Maemoisa_(Sinalepa)_vallavalitsus, lk 45
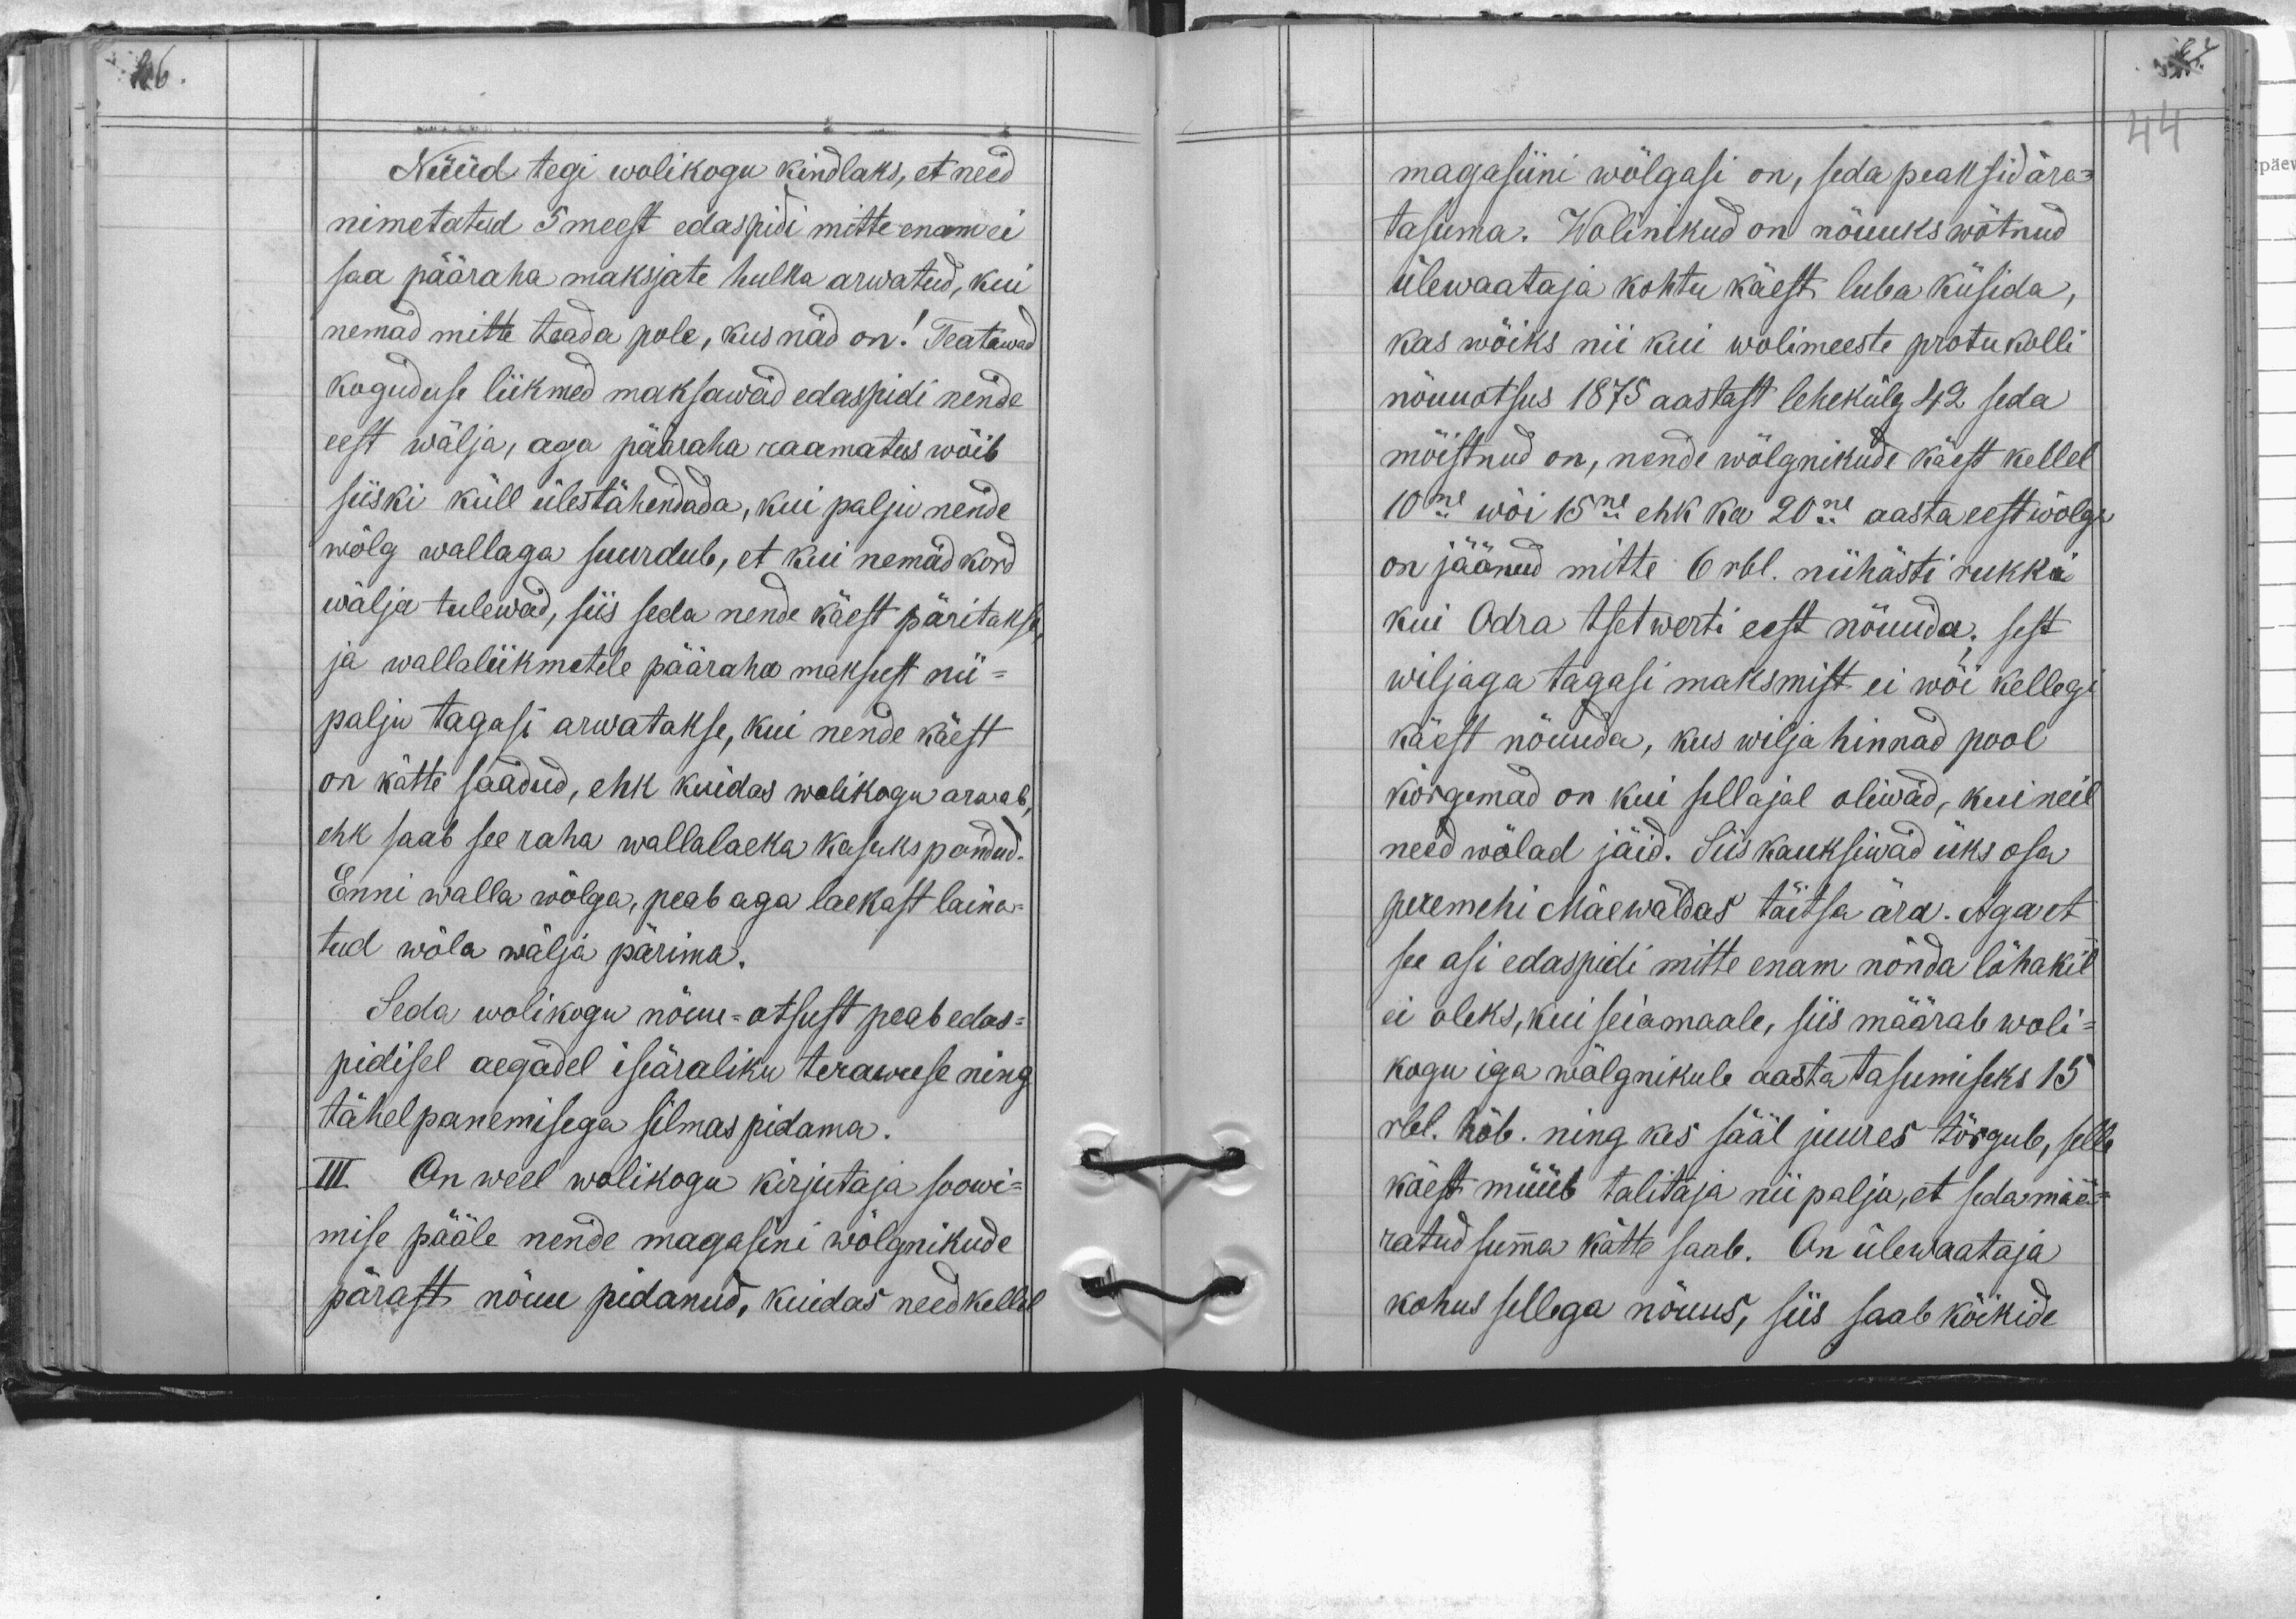
Nüüd tegi wolikogu kindlaks, et need
nimetatud 5 meest edaspidi mitte enam ei
saa pääraha maksjate hulka arwatud, kui
nemad mitte teada pole, kus nad on! Teatawad
koguduse liikmed maksawad edaspidi nende
eest wälja, aga pääraha raamatus wõib
siiski küll ülestähendada, kui palju nende
wõlg wallaga suurdub, et kui nemad kord
wälja tulewad, siis seda nende käest päritakse,
ja wallaliikmetele pääraha maksust nii-
palju tagasi arwatakse, kui nende käest
on kätte saadud, ehk kuidas wolikogu arwab,
ehk saab see raha wallalaeka kasuks pandud.
Enni walla wõlga, peab aga laekast laina-
tud wõla wälja pärima.
Seda wolikogu nõuu-otsust peab edas-
pidisel aegadel iseäraliku terawuse ning
tähelpanemisega silmas pidama.
III On weel wolikogu kirjutaja soowi-
mise pääle nende magasini wõlgnikude
pärast nõuu pidanud, kuidas need kellel

magasiini wõlgasi on, seda peaksid ära-
tasuma. Wolinikud on nõuuks wõtnud
ülewaataja kohtu käest luba küsida,
kas wõiks nii kui wolimeeste protukolli
nõuuotsus 1875 aastast lehekülg 42 seda
mõistnud on, nende wõlgnikude käest kellel
10ne wõi 15ne ehk ka 20ne aasta eest wõlga
on jäänud mitte 6 rbl. niihästi rukki
kui Odra tsetwerti eest nõuuda; sest
wiljaga tagasi maksmist ei wõi kellegi
käest nõuuda, kus wilja hinnad pool
kõrgemad on kui sellajal oliwad, kui neil
need wõlad jäid. Siis kauksiwad üks osa
peremehi Mäewaldas täitsa ära. Aga et
see asi edaspidi mitte enam nõnda löhakil
ei oleks, kui seiamaale, siis määrab woli-
kogu iga wõlgnikule aasta tasumiseks 15
rbl. hõb. ning kes sääl juures tõrgub, selle
käest müüb talitaja nii palju, et seda mää-
ratud summa kätte saab. On ülewaataja
kohus sellega nõuus, siis saab kõikide